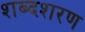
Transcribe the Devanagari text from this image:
शब्दशरण